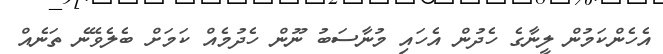
އެހެންކަމުން ލީނާގެ ހެދުން އެހައި މުނާސަބު ނޫން ހެދުމެއް ކަމަށް ބެލެވޭނެ ތަނެއް